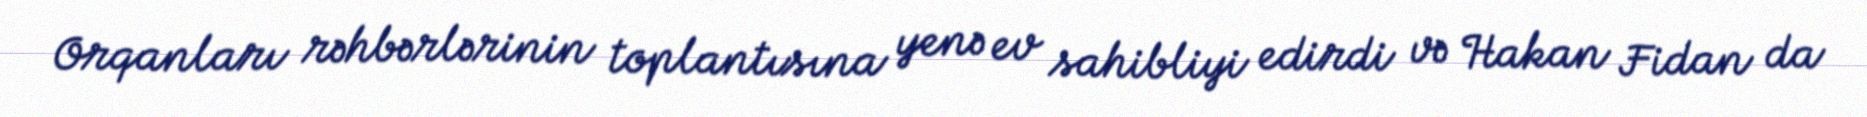
Orqanları rəhbərlərinin toplantısına yenə ev sahibliyi edirdi və Hakan Fidan da